Report on the working of the mental hospitals for Indians in Bihar and Orissa - 1925-1929
Year: 1925
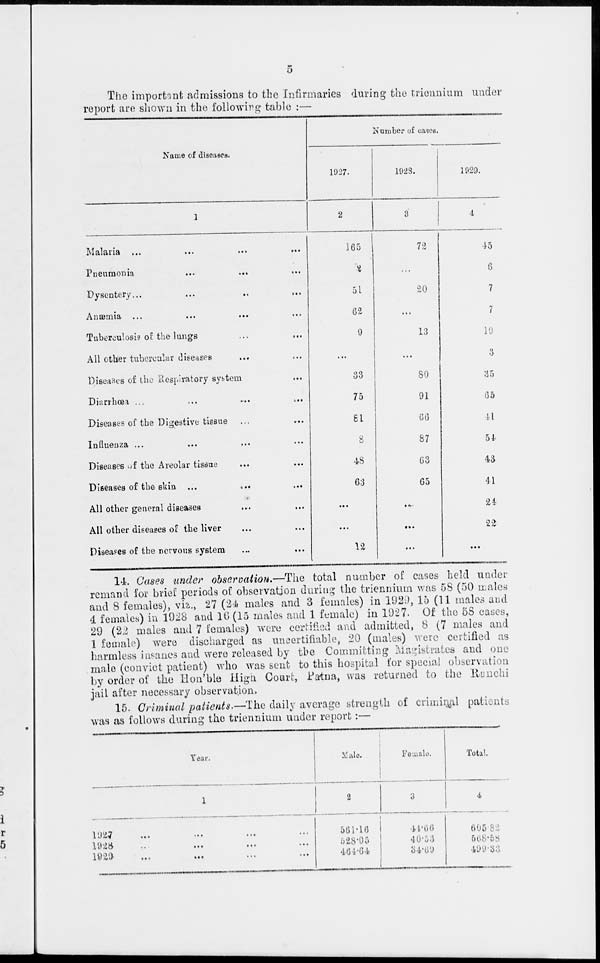
5
The important admissions to the Infirmaries during the triennium under
report are shown in the following table :—
Name of diseases.
1
Malaria
...
...
...
...
Pneumonia
...
...
...
Dysentery... ... ... ...
Anæmia
...
...
...
...
Tuberculosis of the lungs ... ...
All other tubercular diseases ... ...
Diseases of the Respiratory system ...
Diarrhœa
...
...
...
...
Diseases of the Digestive tissue
...
...
Influenza ... ... ... ...
Diseases of the Areolar tissue ... ...
Diseases of the skin
...
...
...
All other general diseases ... ...
All other diseases of the liver ... ...
Diseases of the nervous system ... ...
Namber of cases.
1927.
2
165
2
51
62
9
...
33
75
81
8
48
63
...
...
12
1928.
3
72
...
20
...
13
...
80
91
66
87
63
65
...
...
...
1929.
4
45
6
7
7
l9
3
35
65
41
54
43
41
24
22
...
14. Cases under observation.—The total number of cases held under
remand for brief periods of observation during the triennium was 58 (50 males
and 8 females), viz., 27 (24 males and 3 females) in 1929, 15 (11 males and
4 females) in 1928 and 16 (15 males and 1 female) in 1927. Of the 58 cases,
29 (22 males and 7 females) were certified and admitted, 8 (7 males and
1 female) were discharged as uncertifiable, 20 (males) were certified as
harmless insanes and were released by the Committing Magistrates and one
male (convict patient) who was sent to this hospital for special observation
by order of the Hon'ble High Court, Patna, was returned to the Ranchi
jail after necessary observation,
15. Criminal patients.—The daily average strength of criminal patients
was as follows during the triennium under report:—
Year.
1
1927
...
...
...
...
1928 ... ... ... ...
1929 ... ... ... ...
Male.
2
561.16
528.05
464.64
Female.
3
44.66
40.53
34.69
Total.
4
605.82
568.58
499.33